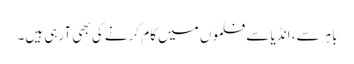
باہر سے، انڈیا سے فلموں میں کام کرنے کی بھی آرہی ہیں۔